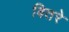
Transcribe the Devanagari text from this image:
बितरे